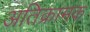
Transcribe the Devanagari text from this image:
अतिक्रामक